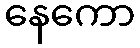
နေကော